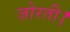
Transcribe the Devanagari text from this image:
जोरती।